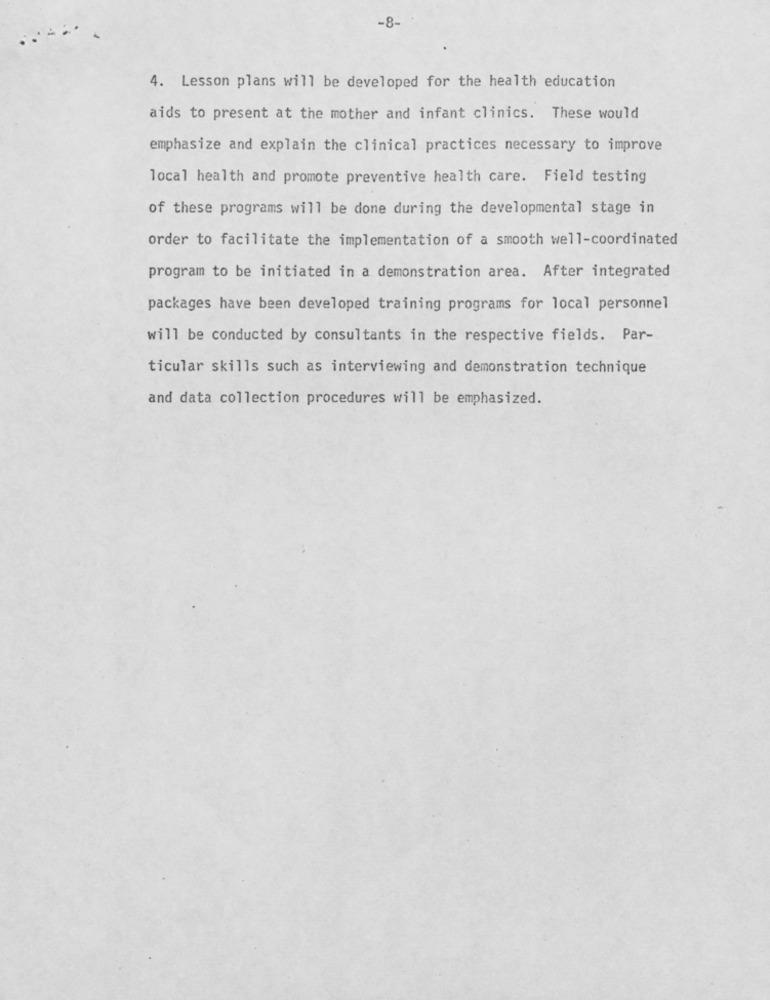
-8-
4. Lesson plans will be developed for the health education
aids to present at the mother and infant clinics. These would
emphasize and explain the clinical practices necessary to improve
local health and promote preventive health care. Field testing
of these programs will be done during the developmental stage in
order to facilitate the implementation of a smooth well-coordinated
program to be initiated in a demonstration area. After integrated
packages have been developed training programs for local personnel
will be conducted by consultants in the respective fields. Par-
ticular skills such as interviewing and demonstration technique
and data collection procedures will be emphasized.